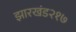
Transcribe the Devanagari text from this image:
झारखंड२१७